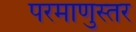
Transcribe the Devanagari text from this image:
परमाणुस्तर